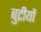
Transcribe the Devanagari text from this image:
बुटीयों